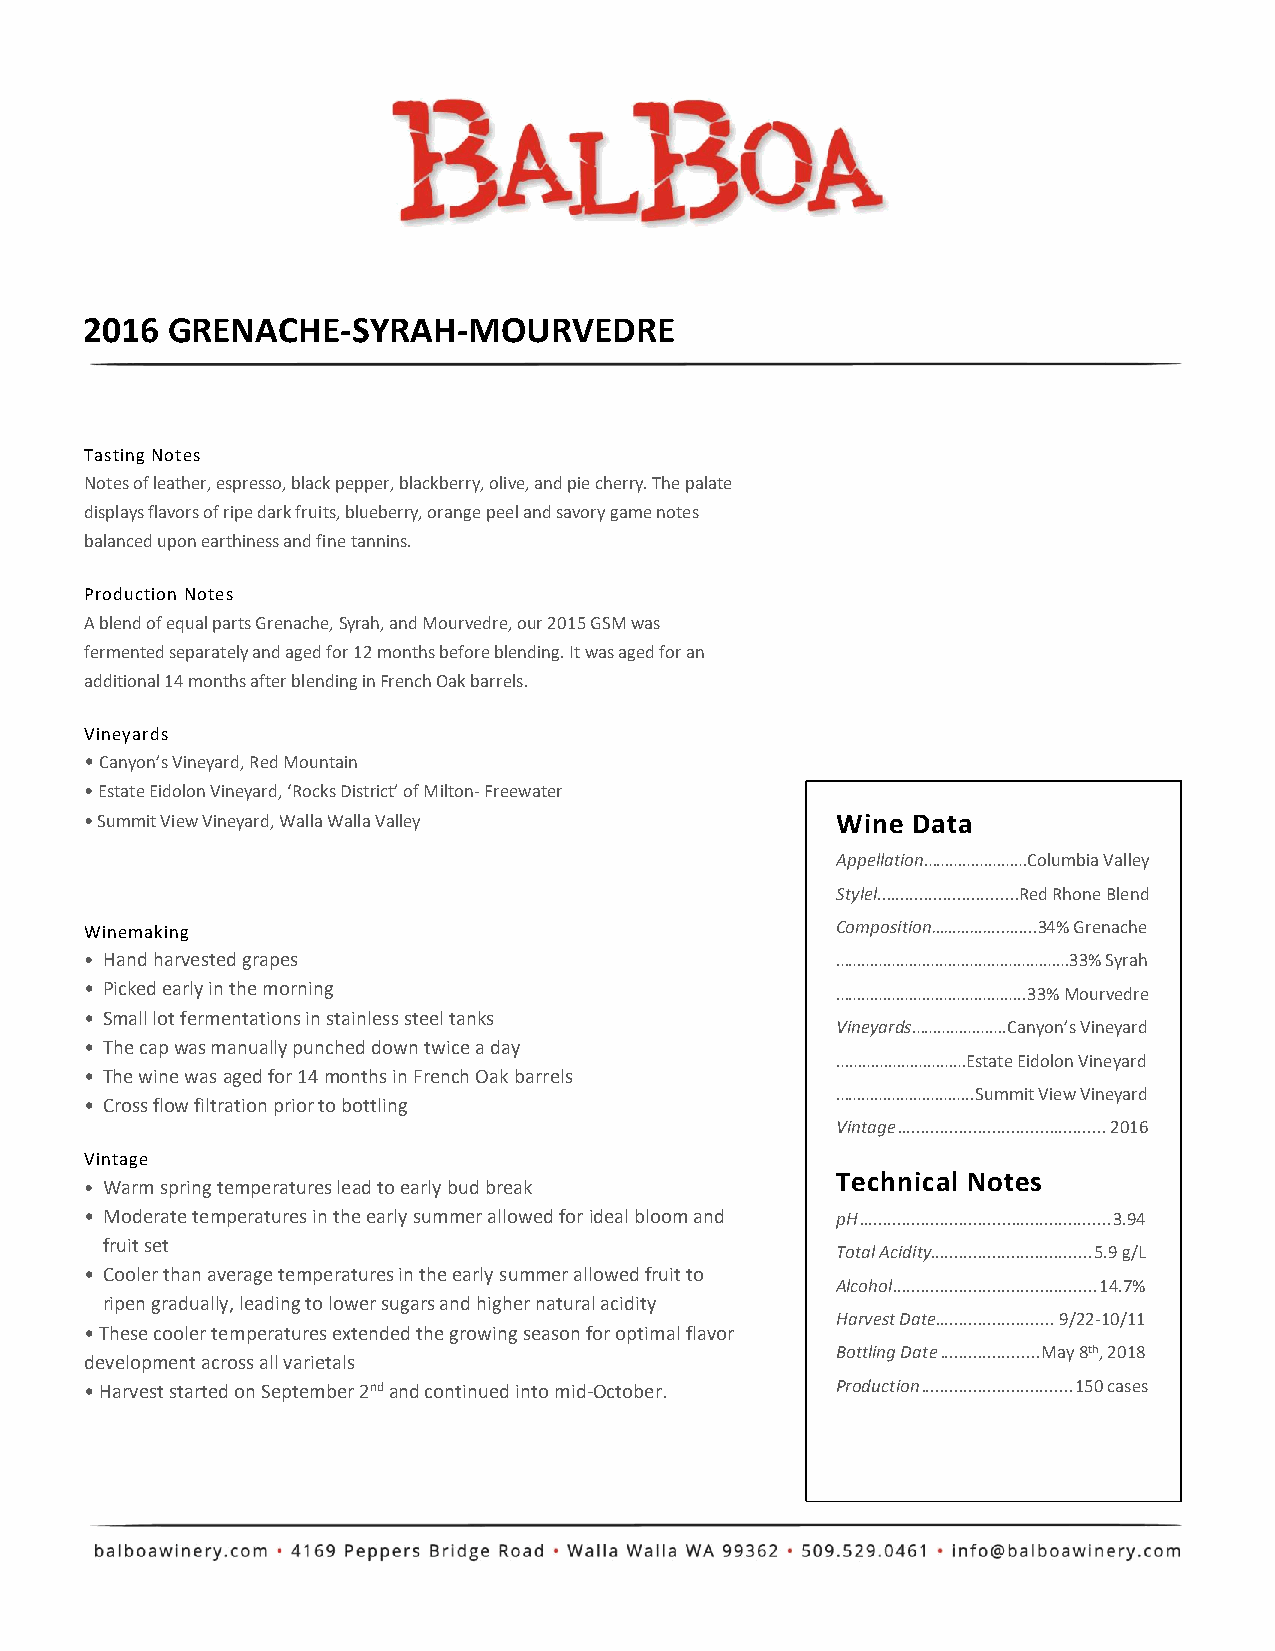
2016 GRENACHE-SYRAH-MOURVEDRE
 Tasting Notes
 Notes of leather, espresso, black pepper, blackberry, olive, and pie cherry. The palate
 displays flavors of ripe dark fruits, blueberry, orange peel and savory game notes
 balanced upon earthiness and fine tannins.
 Production Notes
 A blend of equal parts Grenache, Syrah, and Mourvedre, our 2015 GSM was
 fermented separately and aged for 12 months before blending. It was aged for an
 additional 14 months after blending in French Oak barrels.
 Vineyards
 • Canyon’s Vineyard, Red Mountain
 • Estate Eidolon Vineyard, ‘Rocks District’ of Milton- Freewater
 • Summit View Vineyard, Walla Walla Valley       Wine Data
 Appellation……………………Columbia Valley
 Stylel..............................Red Rhone Blend
 Winemaking                                       Composition……………..…....34% Grenache
 • Hand harvested grapes                          ………………………………………………33% Syrah
 • Picked early in the morning                    ……………………………………..33% Mourvedre
 • Small lot fermentations in stainless steel tanks
 Vineyards………………….Canyon’s Vineyard
 • The cap was manually punched down twice a day
 …………………………Estate Eidolon Vineyard
 • The wine was aged for 14 months in French Oak barrels
 …………………………..Summit View Vineyard
 • Cross flow filtration prior to bottling
 Vintage ............................................ 2016
 Vintage
 Technical Notes
 • Warm spring temperatures lead to early bud break
 • Moderate temperatures in the early summer allowed for ideal bloom and pH ..................................................... 3.94
 fruit set
 Total Acidity.................................. 5.9 g/L
 • Cooler than average temperatures in the early summer allowed fruit to
 Alcohol ........................................... 14.7%
 ripen gradually, leading to lower sugars and higher natural acidity
 Harvest Date ......................... 9/22-10/11
 • These cooler temperatures extended the growing season for optimal flavor
 Bottling Date ..................... May 8th, 2018
 development across all varietals
 • Harvest started on September 2nd and continued into mid-October. Production ................................ 150 cases